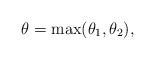
LaTeX: \begin{align*} \theta = \max(\theta_1, \theta_2), \end{align*}